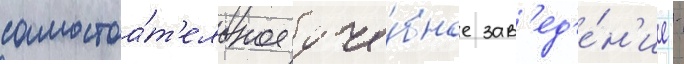
самостоа́т'ельное уче́бное зав'ед'е́н'ие -